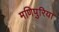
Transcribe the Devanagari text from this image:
मणिपुरिया